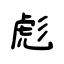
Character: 彪